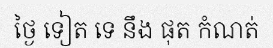
ថ្ងៃ ទៀត ទេ នឹង ផុត កំណត់